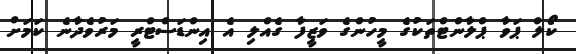
ކޯލް ޕަވާ ޕްލާންޓްތަކުގެ މީހުންގެ ވަޒީފާ ގެއްލި އެ އިންޑަސްޓްރީ މަރުވެދާނެ ކަމަށް